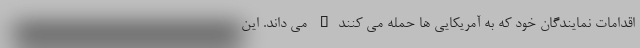
اقدامات نمایندگان خود که به آمریکایی ها حمله می کنند" می داند. این